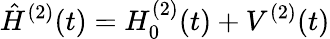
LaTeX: \hat{H}^{(2)}(t)=H_{0}^{(2)}(t)+V^{(2)}(t)